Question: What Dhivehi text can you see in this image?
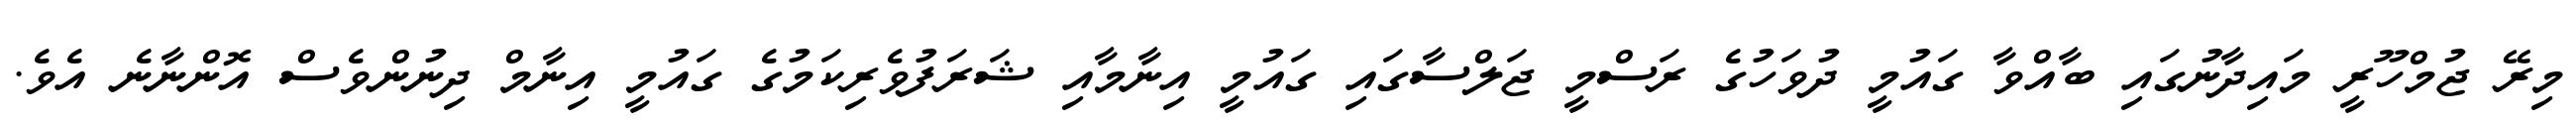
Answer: މިރޭ ޖުމްހޫރީ މައިދާނުގައި ބާއްވާ ގައުމީ ދުވަހުގެ ރަސްމީ ޖަލްސާގައި ގައުމީ އިނާމާއި ޝަރަފުވެރިކަމުގެ ގައުމީ އިނާމް ދިނުންވެސް އޮންނާނެ އެވެ.